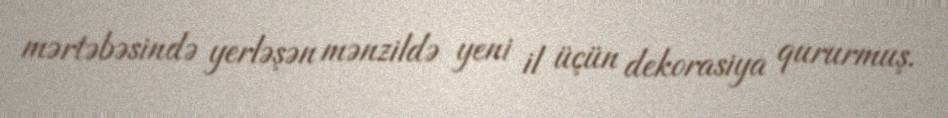
mərtəbəsində yerləşən mənzildə yeni il üçün dekorasiya qururmuş.